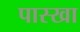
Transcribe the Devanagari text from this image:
पास्खा